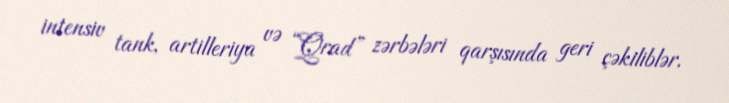
intensiv tank, artilleriya və “Qrad” zərbələri qarşısında geri çəkiliblər.